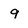
Character: 9